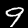
Digit: 9